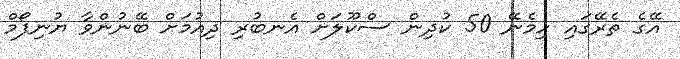
އޭގެ ތެރޭގައި ހިމެނޭ 50 ކުދިން ސްކޫލަށް އެނބުރި ދިއުމަށް ބޭނުންވާ ޔުނިފޯމް